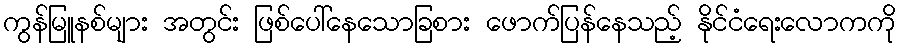
ကွန်မြူနစ်များ အတွင်း ဖြစ်ပေါ်နေသောခြစား ဖောက်ပြန်နေသည့် နိုင်ငံရေးလောကကို